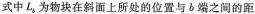
式中L_{b}为物块在斜面上所处的位置与b端之间的距